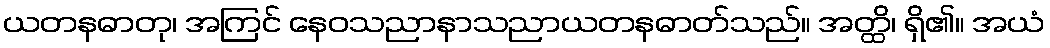
ယတနဓာတု၊ အကြင် နေဝသညာနာသညာယတနဓာတ်သည်။ အတ္ထိ၊ ရှိ၏။ အယံ